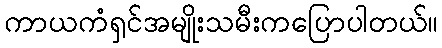
ကာယကံရှင်အမျိုးသမီးကပြောပါတယ်။